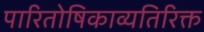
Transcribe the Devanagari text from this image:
पारितोषिकाव्यतिरिक्त